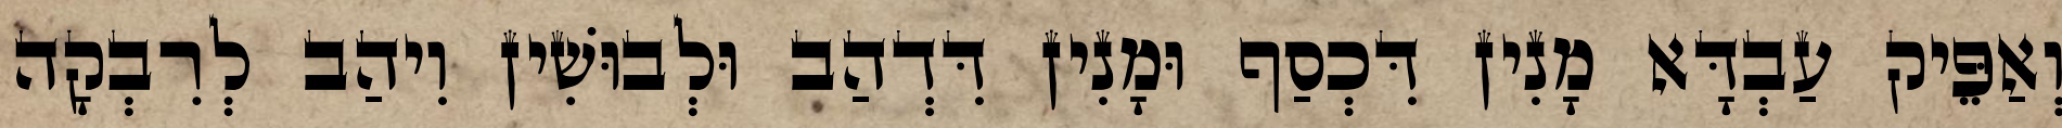
וְאַפֵּיק עַבְדָּא מָנִין דִּכְסַף וּמָנִין דִּדְהַב וּלְבוּשִׁין וִיהַב לְרִבְקָה